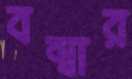
বম্বার